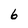
Character: 6